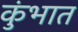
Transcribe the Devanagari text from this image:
कुंभात